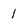
Character: 1